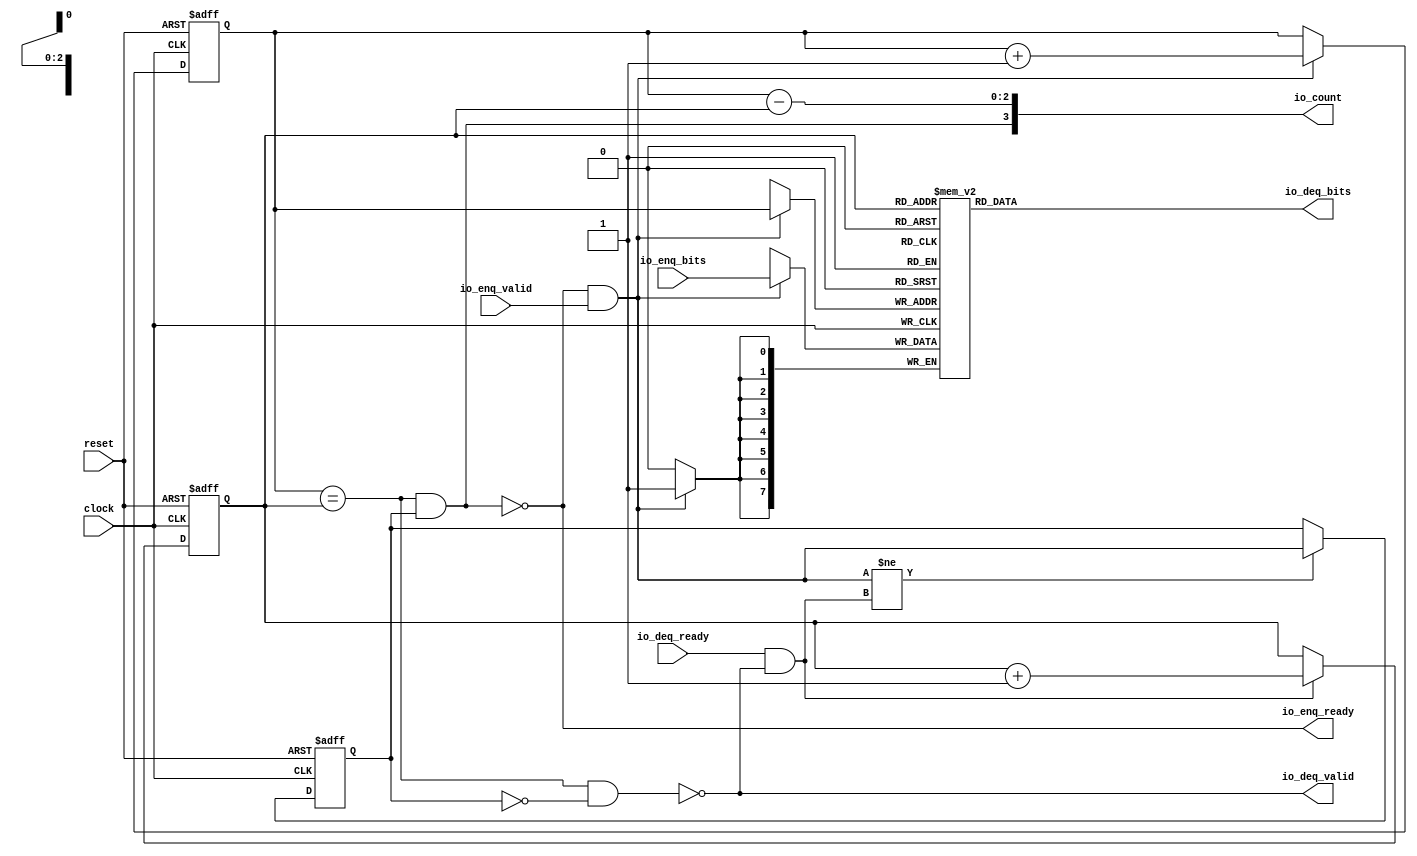
// This program was cloned from: https://github.com/xiaoerlang0359/E203plus
// License: Apache License 2.0

 /*                                                                      
 Copyright 2018 Nuclei System Technology, Inc.                
                                                                         
 Licensed under the Apache License, Version 2.0 (the "License");         
 you may not use this file except in compliance with the License.        
 You may obtain a copy of the License at                                 
                                                                         
     http://www.apache.org/licenses/LICENSE-2.0                          
                                                                         
  Unless required by applicable law or agreed to in writing, software    
 distributed under the License is distributed on an "AS IS" BASIS,       
 WITHOUT WARRANTIES OR CONDITIONS OF ANY KIND, either express or implied.
 See the License for the specific language governing permissions and     
 limitations under the License.                                          
 */                                                                      
                                                                         
                                                                         
                                                                         
module sirv_queue_1(
  input   clock,
  input   reset,
  output  io_enq_ready,
  input   io_enq_valid,
  input  [7:0] io_enq_bits,
  input   io_deq_ready,
  output  io_deq_valid,
  output [7:0] io_deq_bits,
  output [3:0] io_count
);
  reg [7:0] ram [0:7];
  reg [31:0] GEN_0;
  wire [7:0] ram_T_51_data;
  wire [2:0] ram_T_51_addr;
  wire [7:0] ram_T_35_data;
  wire [2:0] ram_T_35_addr;
  wire  ram_T_35_mask;
  wire  ram_T_35_en;
  reg [2:0] T_27;
  reg [31:0] GEN_1;
  reg [2:0] T_29;
  reg [31:0] GEN_2;
  reg  maybe_full;
  reg [31:0] GEN_3;
  wire  ptr_match;
  wire  T_32;
  wire  empty;
  wire  full;
  wire  T_33;
  wire  do_enq;
  wire  T_34;
  wire  do_deq;
  wire [3:0] T_39;
  wire [2:0] T_40;
  wire [2:0] GEN_4;
  wire [3:0] T_44;
  wire [2:0] T_45;
  wire [2:0] GEN_5;
  wire  T_46;
  wire  GEN_6;
  wire  T_48;
  wire  T_50;
  wire [3:0] T_52;
  wire [2:0] ptr_diff;
  wire  T_53;
  wire [3:0] T_54;
  assign io_enq_ready = T_50;
  assign io_deq_valid = T_48;
  assign io_deq_bits = ram_T_51_data;
  assign io_count = T_54;
  assign ram_T_51_addr = T_29;
  assign ram_T_51_data = ram[ram_T_51_addr];
  assign ram_T_35_data = io_enq_bits;
  assign ram_T_35_addr = T_27;
  assign ram_T_35_mask = do_enq;
  assign ram_T_35_en = do_enq;
  assign ptr_match = T_27 == T_29;
  assign T_32 = maybe_full == 1'h0;
  assign empty = ptr_match & T_32;
  assign full = ptr_match & maybe_full;
  assign T_33 = io_enq_ready & io_enq_valid;
  assign do_enq = T_33;
  assign T_34 = io_deq_ready & io_deq_valid;
  assign do_deq = T_34;
  assign T_39 = T_27 + 3'h1;
  assign T_40 = T_39[2:0];
  assign GEN_4 = do_enq ? T_40 : T_27;
  assign T_44 = T_29 + 3'h1;
  assign T_45 = T_44[2:0];
  assign GEN_5 = do_deq ? T_45 : T_29;
  assign T_46 = do_enq != do_deq;
  assign GEN_6 = T_46 ? do_enq : maybe_full;
  assign T_48 = empty == 1'h0;
  assign T_50 = full == 1'h0;
  assign T_52 = T_27 - T_29;
  assign ptr_diff = T_52[2:0];
  assign T_53 = maybe_full & ptr_match;
  assign T_54 = {T_53,ptr_diff};

  always @(posedge clock) begin // The RAM block does not need reset
    if(ram_T_35_en & ram_T_35_mask) begin
      ram[ram_T_35_addr] <= ram_T_35_data;
    end
  end

  always @(posedge clock or posedge reset)
    if (reset) begin
      T_27 <= 3'h0;
    end else begin
      if (do_enq) begin
        T_27 <= T_40;
      end
    end

  always @(posedge clock or posedge reset)
    if (reset) begin
      T_29 <= 3'h0;
    end else begin
      if (do_deq) begin
        T_29 <= T_45;
      end
    end

  always @(posedge clock or posedge reset)
    if (reset) begin
      maybe_full <= 1'h0;
    end else begin
      if (T_46) begin
        maybe_full <= do_enq;
      end
    end

endmodule